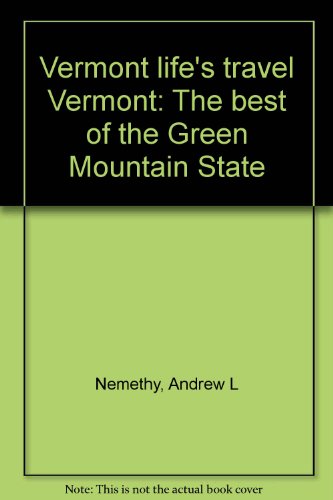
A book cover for Vermont life's travel Vermont: The best of the Green Mountain State; Andrew L Nemethy; Travel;